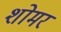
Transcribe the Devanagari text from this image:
शोमर